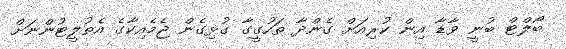
ބޯލްޓް ބުނީ ވާޑާ އިން ކުރިއަށް ގެންދާ ތަހުގީގާ ގުޅިގެން ޖެމެއިކާގެ އެތުލީޓުންނަށް